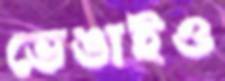
ভেঙাইও